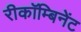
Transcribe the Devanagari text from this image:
रीकॉम्बिनेंट